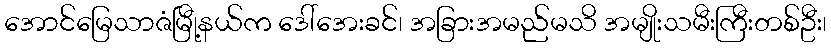
အောင်မြေသာဇံမြီု့နယ်က ဒေါ်အေးခင်၊ အခြားအမည်မသိ အမျိုးသမီးကြီးတစ်ဦး၊